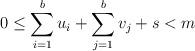
LaTeX: \begin{gather*} 0\leq \sum_{i=1}^b u_i+\sum_{j=1}^b v_j+s<m \end{gather*}